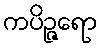
ကပိဉ္ဇရော